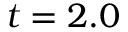
t = 2 . 0